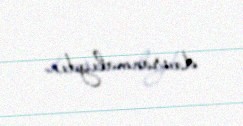
davranmalıydın.